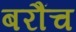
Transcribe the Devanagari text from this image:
बरौंच